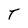
Character: t